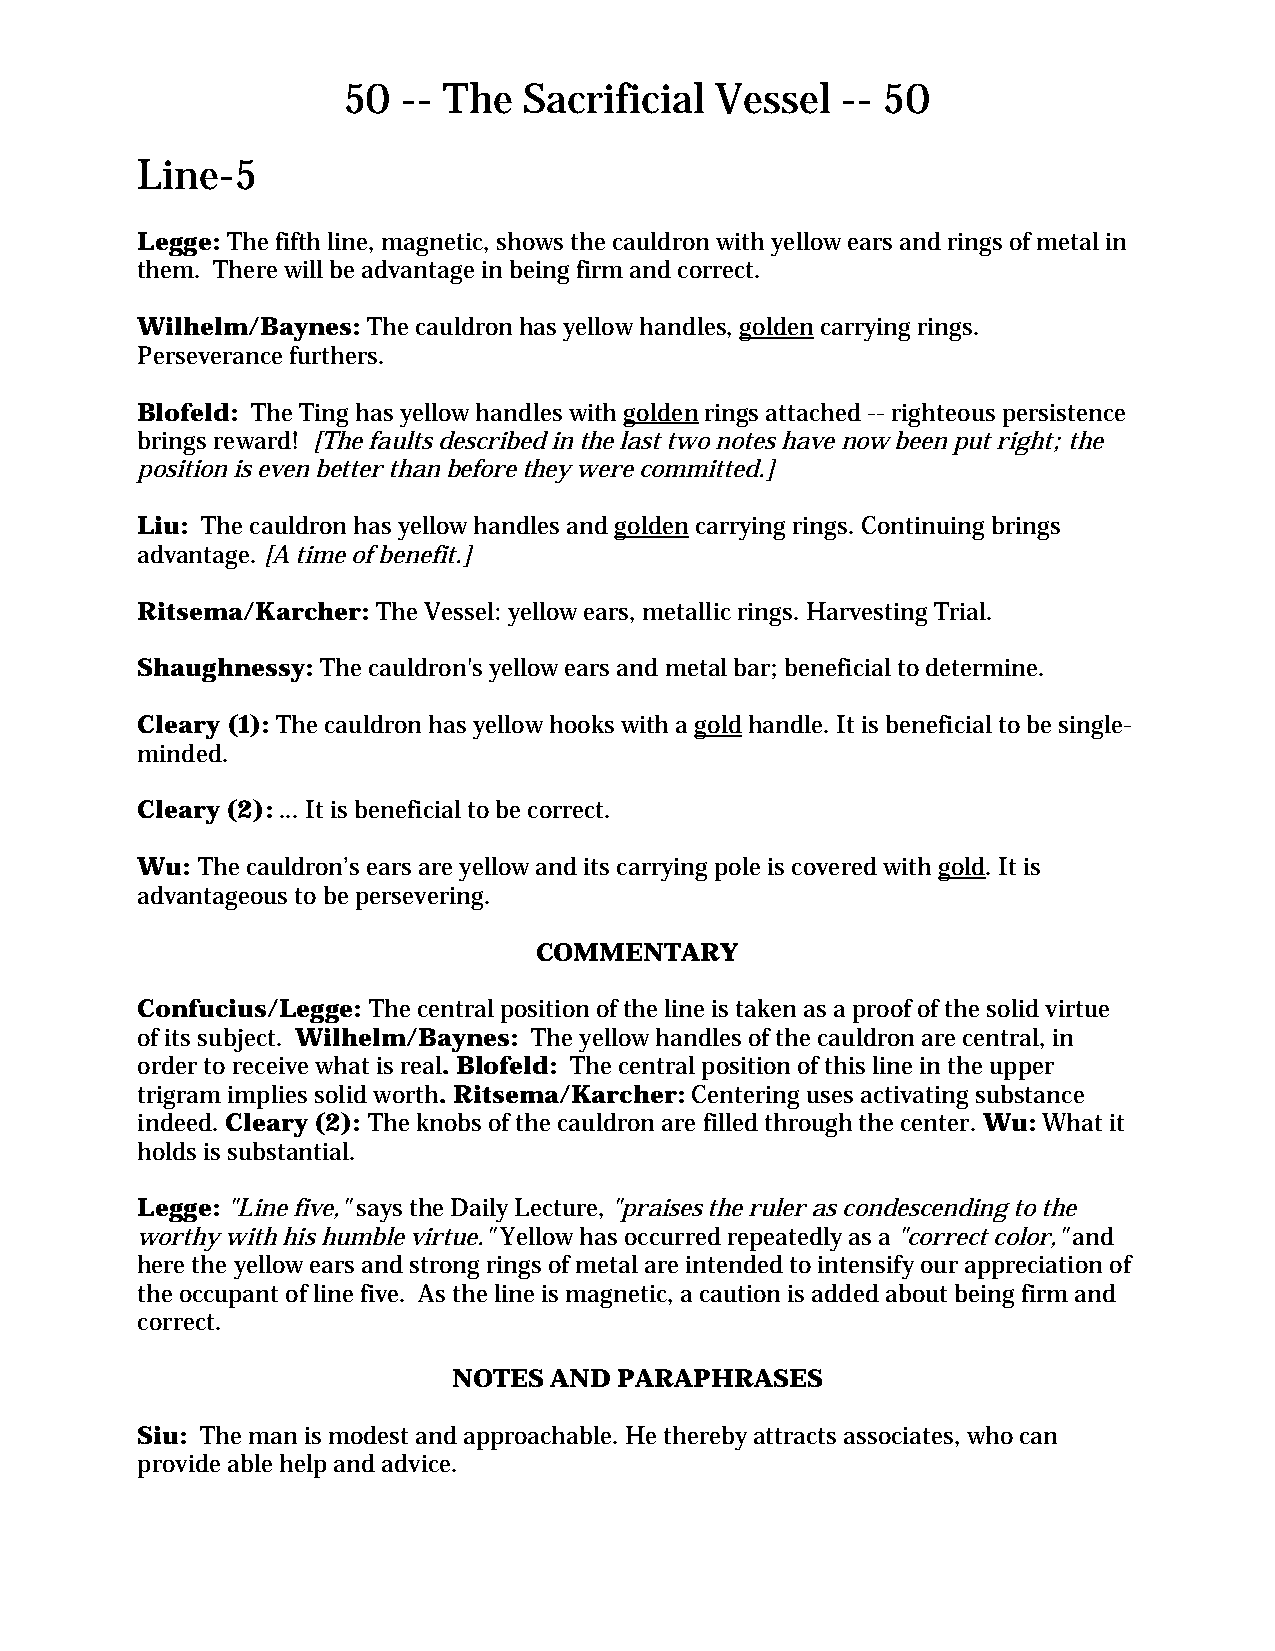
50  -- The  Sacrificial Vessel   -- 50
 Line-5
 Legge: The fifth line, magnetic, shows the cauldron with yellow ears and rings of metal in
 them. There will be advantage in being firm and correct.
 Wilhelm/Baynes: The cauldron has yellow handles, golden carrying rings.
 Perseverance furthers.
 Blofeld: The Ting has yellow handles with golden rings attached -- righteous persistence
 brings reward! [The faults described in the last two notes have now been put right; the
 position is even better than before they were committed.]
 Liu: The cauldron has yellow handles and golden carrying rings. Continuing brings
 advantage. [A time of benefit.]
 Ritsema/Karcher: The Vessel: yellow ears, metallic rings. Harvesting Trial.
 Shaughnessy: The cauldron's yellow ears and metal bar; beneficial to determine.
 Cleary (1): The cauldron has yellow hooks with a gold handle. It is beneficial to be single-
 minded.
 Cleary (2): ... It is beneficial to be correct.
 Wu: The cauldron’s ears are yellow and its carrying pole is covered with gold. It is
 advantageous to be persevering.
 COMMENTARY
 Confucius/Legge: The central position of the line is taken as a proof of the solid virtue
 of its subject. Wilhelm/Baynes: The yellow handles of the cauldron are central, in
 order to receive what is real. Blofeld: The central position of this line in the upper
 trigram implies solid worth. Ritsema/Karcher: Centering uses activating substance
 indeed. Cleary (2): The knobs of the cauldron are filled through the center. Wu: What it
 holds is substantial.
 Legge: "Line five," says the Daily Lecture, "praises the ruler as condescending to the
 worthy with his humble virtue." Yellow has occurred repeatedly as a "correct color," and
 here the yellow ears and strong rings of metal are intended to intensify our appreciation of
 the occupant of line five. As the line is magnetic, a caution is added about being firm and
 correct.
 NOTES AND  PARAPHRASES
 Siu: The man is modest and approachable. He thereby attracts associates, who can
 provide able help and advice.